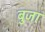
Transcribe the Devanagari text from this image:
बुजा